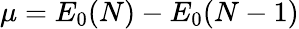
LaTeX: \mu=E_{0}(N)-E_{0}(N-1)